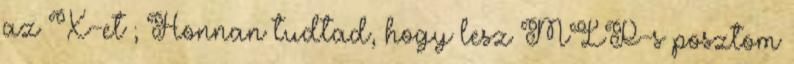
az X-et ; Honnan tudtad, hogy lesz MLP-s posztom